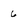
Character: 6